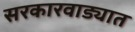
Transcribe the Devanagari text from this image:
सरकारवाड्यात